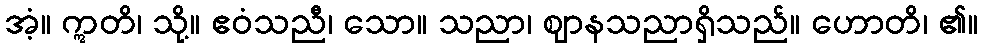
အံ့။ ဣတိ၊ သို့။ ဧဝံသညီ၊ သော။ သညာ၊ ဈာနသညာရှိသည်။ ဟောတိ၊ ၏။